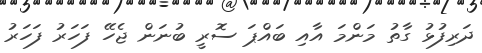
ދަރިފުޅު ގާތު މަންމަ އާއި ބައްޕަ ސޮރީ ބުނަން ޖެހޭ ފަހަރު ފަހަރު